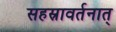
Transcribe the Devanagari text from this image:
सहस्रावर्तनात्‌